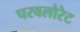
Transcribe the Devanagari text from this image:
परवलोरेट